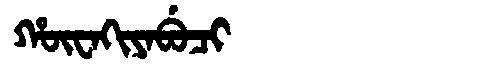
Manchu: ᡥᡡᠸᠠᡴᡳᠶᠠᠪᡠᠴᡳ
Romanization: HŪWAKIYABUCI